Report of the Indian Hemp Drugs Commission, 1894-1895 - Volume V
Year: 1894
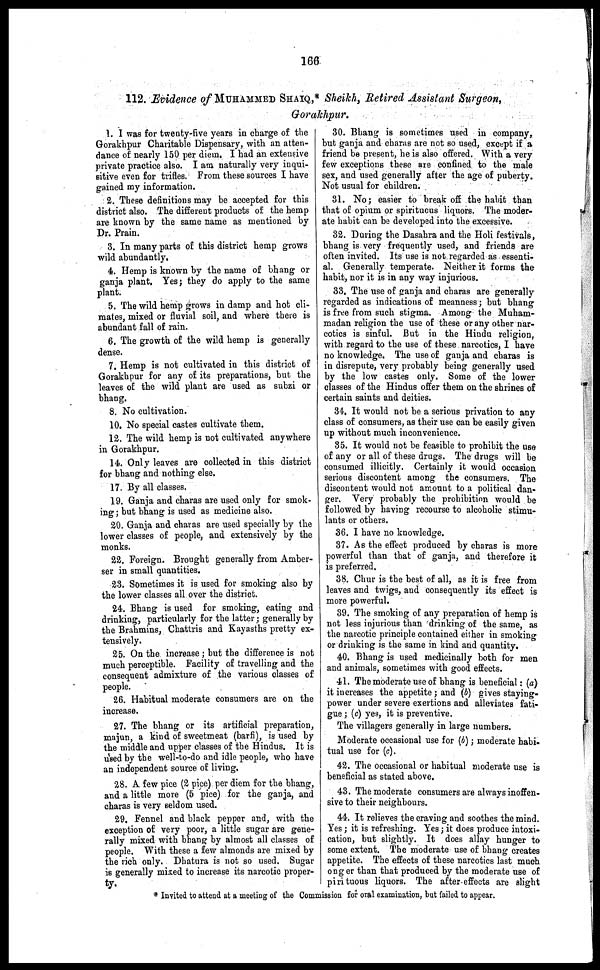
166
112. Evidence of MUHAMMED SHAIQ,* Sheikh, Retired Assistant Surgeon,
Gorakhpur.
1. I was for twenty-five years in charge of the
Gorakhpur Charitable Dispensary, with an atten-
dance of nearly 150 per diem. I had an extensive
private practice also. I am naturally very inqui-
sitive even for trifles. From these sources I have
gained my information.
2. These definitions may be accepted for this
district also. The different products of the hemp
are known by the same name as mentioned by
Dr. Prain.
3. In many parts of this district hemp grows
wild abundantly.
4. Hemp is known by the name of bhang or
ganja plant, Yes; they do apply to the same
plant.
5. The wild hemp grows in damp and hot cli-
mates, mixed or fluvial soil, and where there is
abundant fall of rain.
6. The growth of the wild hemp is generally
dense.
7. Hemp is not cultivated in this district of
Gorakhpur for any of its preparations, but the
leaves of the wild plant are used as subzi or
bhang.
8. No cultivation.
10. No special castes cultivate them.
12. The wild hemp is not cultivated anywhere
in Gorakhpur.
14. Only leaves are collected in this district
for bhang and nothing else.
17. By all classes.
19. Ganja and charas are used only for smok-
ing; but bhang is used as medicine also.
20. Ganja and charas are used specially by the
lower classes of people, and extensively by the
monks.
22. Foreign. Brought generally from Amber-
ser in small quantities.
23. Sometimes it is used for smoking also by
the lower classes all over the district.
24. Bhang is used for smoking, eating and
drinking, particularly for the latter; generally by
the Brahmins, Chattris and Kayasths pretty ex-
tensively.
25. On the increase; but the difference is not
much perceptible. Facility of travelling and the
consequent admixture of the various classes of
people.
26. Habitual moderate consumers are on the
increase.
27. The bhang or its artificial preparation,
majun, a kind of sweetmeat (barfi), is used by
the middle and upper classes of the Hindus. It is
used by the well-to-do and idle people, who have
an independent source of living,
28. A few pice (2 pice) per diem for the bhang,
and a little more (5 pice) for the ganja, and
charas is very seldom used.
29. Fennel and black pepper and, with the
exception of very poor, a little sugar are gene-
rally mixed with bhang by almost all classes of
people. With these a few almonds are mixed by
the rich only. Dhatura is not so used. Sugar
is generally mixed to increase its narcotic proper-
ty.
30. Bhang is sometimes used in company,
but ganja and charas are not so used, except if a
friend be present, he is also offered. With a very
few exceptions these are confined to the male
sex, and used generally after the age of puberty.
Not usual for children.
31. No; easier to break off the habit than
that of opium or spiritucus liquors. The moder-
ate habit can be developed into the excessive.
32. During the Dasahra and the Holi festivals,
bhang is very frequently used, and friends are
often invited. Its use is not regarded as essenti-
al. Generally temperate. Neither it forms the
habit, nor it is in any way injurious.
33. The use of ganja and charas are generally
regarded as indications of meanness; but bhang
is free from such stigma. Among the Muham-
madan religion the use of these or any other nar-
cotics is sinful. But in the Hindu religion,
with regard to the use of these narcotics, I have
no knowledge. The use of ganja and charas is
in disrepute, very probably being generally used
by the low castes only. Some of the lower
classes of the Hindus offer them on the shrines of
certain saints and deities.
34. It would not be a serious privation to any
class of consumers, as their use can be easily given
up without much inconvenience.
35. It would not be feasible to prohibit the use
of any or all of these drugs. The drugs will be
consumed illicitly. Certainly it would occasion
serious discontent among the consumers. The
discontent would not amount to a political dan-
ger. Very probably the prohibition would be
followed by having recourse to alcoholic stimu-
lants or others.
36. I have no knowledge.
37. As the effect produced by charas is more
powerful than that of ganja, and therefore it
is preferred.
38. Chur is the best of all, as it is free from
leaves and twigs, and consequently its effect is
more powerful.
39. The smoking of any preparation of hemp is
not less injurious than drinking of the same, as
the narcotic principle contained either in smoking
or drinking is the same in kind and quantity.
40. Bhang is used medicinally both for men
and animals, sometimes with good effects.
41. The moderate use of bhang is beneficial: (a)
it increases the appetite; and (b) gives staying-
power under severe exertions and alleviates fati-
gue; (c) yes, it is preventive.
The villagers generally in large numbers.
Moderate occasional use for (b); moderate habi-
tual use for (c).
42. The occasional or habitual moderate use is
beneficial as stated above.
43. The moderate consumers are always inoffen-
sive to their neighbours.
44. It relieves the craving and soothes the mind.
Yes; it is refreshing. Yes; it does produce intoxi-
cation, but slightly. It does allay hunger to
some extent. The moderate use of bhang creates
appetite. The effects of these narcotics last much
onger than that produced by the moderate use of
pirituous liquors. The after effects are slight
* Invited to attend at a meeting of the Commission for oral examination, but failed to appear.